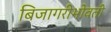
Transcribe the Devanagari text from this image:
बिजागरीभोवती